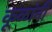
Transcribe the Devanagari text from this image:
कूळांनी